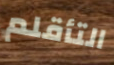
التأقلم